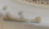
منذ